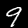
Label: 9